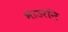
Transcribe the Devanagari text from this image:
भाउरनि